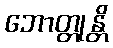
ဘောတ္တုန္တိ